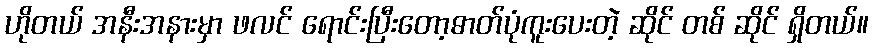
ဟိုတယ် အနီးအနားမှာ ဖလင် ရောင်းပြီးတော့ဓာတ်ပုံကူးပေးတဲ့ ဆိုင် တစ် ဆိုင် ရှိတယ်။